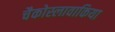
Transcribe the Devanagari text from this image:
चैकोस्लावाकिया